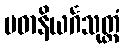
ပဓာနိယင်္ဂသုတ္တံ